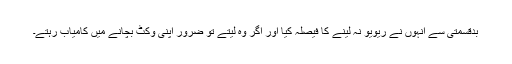
بدقسمتی سے انہوں نے ریویو نہ لینے کا فیصلہ کیا اور اگر وہ لیتے تو ضرور اپنی وکٹ بچانے میں کامیاب رہتے۔